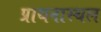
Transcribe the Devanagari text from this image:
प्राथनास्थल